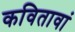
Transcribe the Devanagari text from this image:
कवितावां